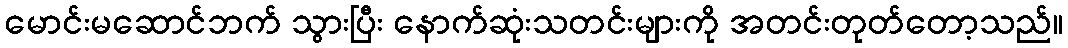
မောင်းမဆောင်ဘက် သွားပြီး နောက်ဆုံးသတင်းများကို အတင်းတုတ်တော့သည်။